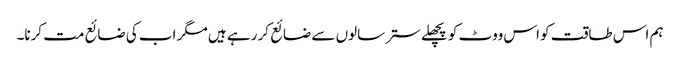
ہم اس طاقت کو اس ووٹ کو پچھلے ستر سالوں سے ضائع کر رہے ہیں مگر اب کی ضائع مت کرنا۔